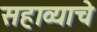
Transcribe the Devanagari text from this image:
सहाव्याचे